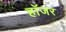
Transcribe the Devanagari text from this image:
हॉजर